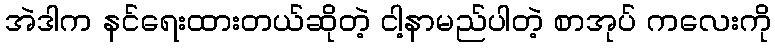
အဲဒါက နင်ရေးထားတယ်ဆိုတဲ့ ငါ့နာမည်ပါတဲ့ စာအုပ် ကလေးကို